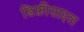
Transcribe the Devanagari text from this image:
डिफ़ीसाइल